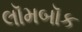
લૉમબૉક